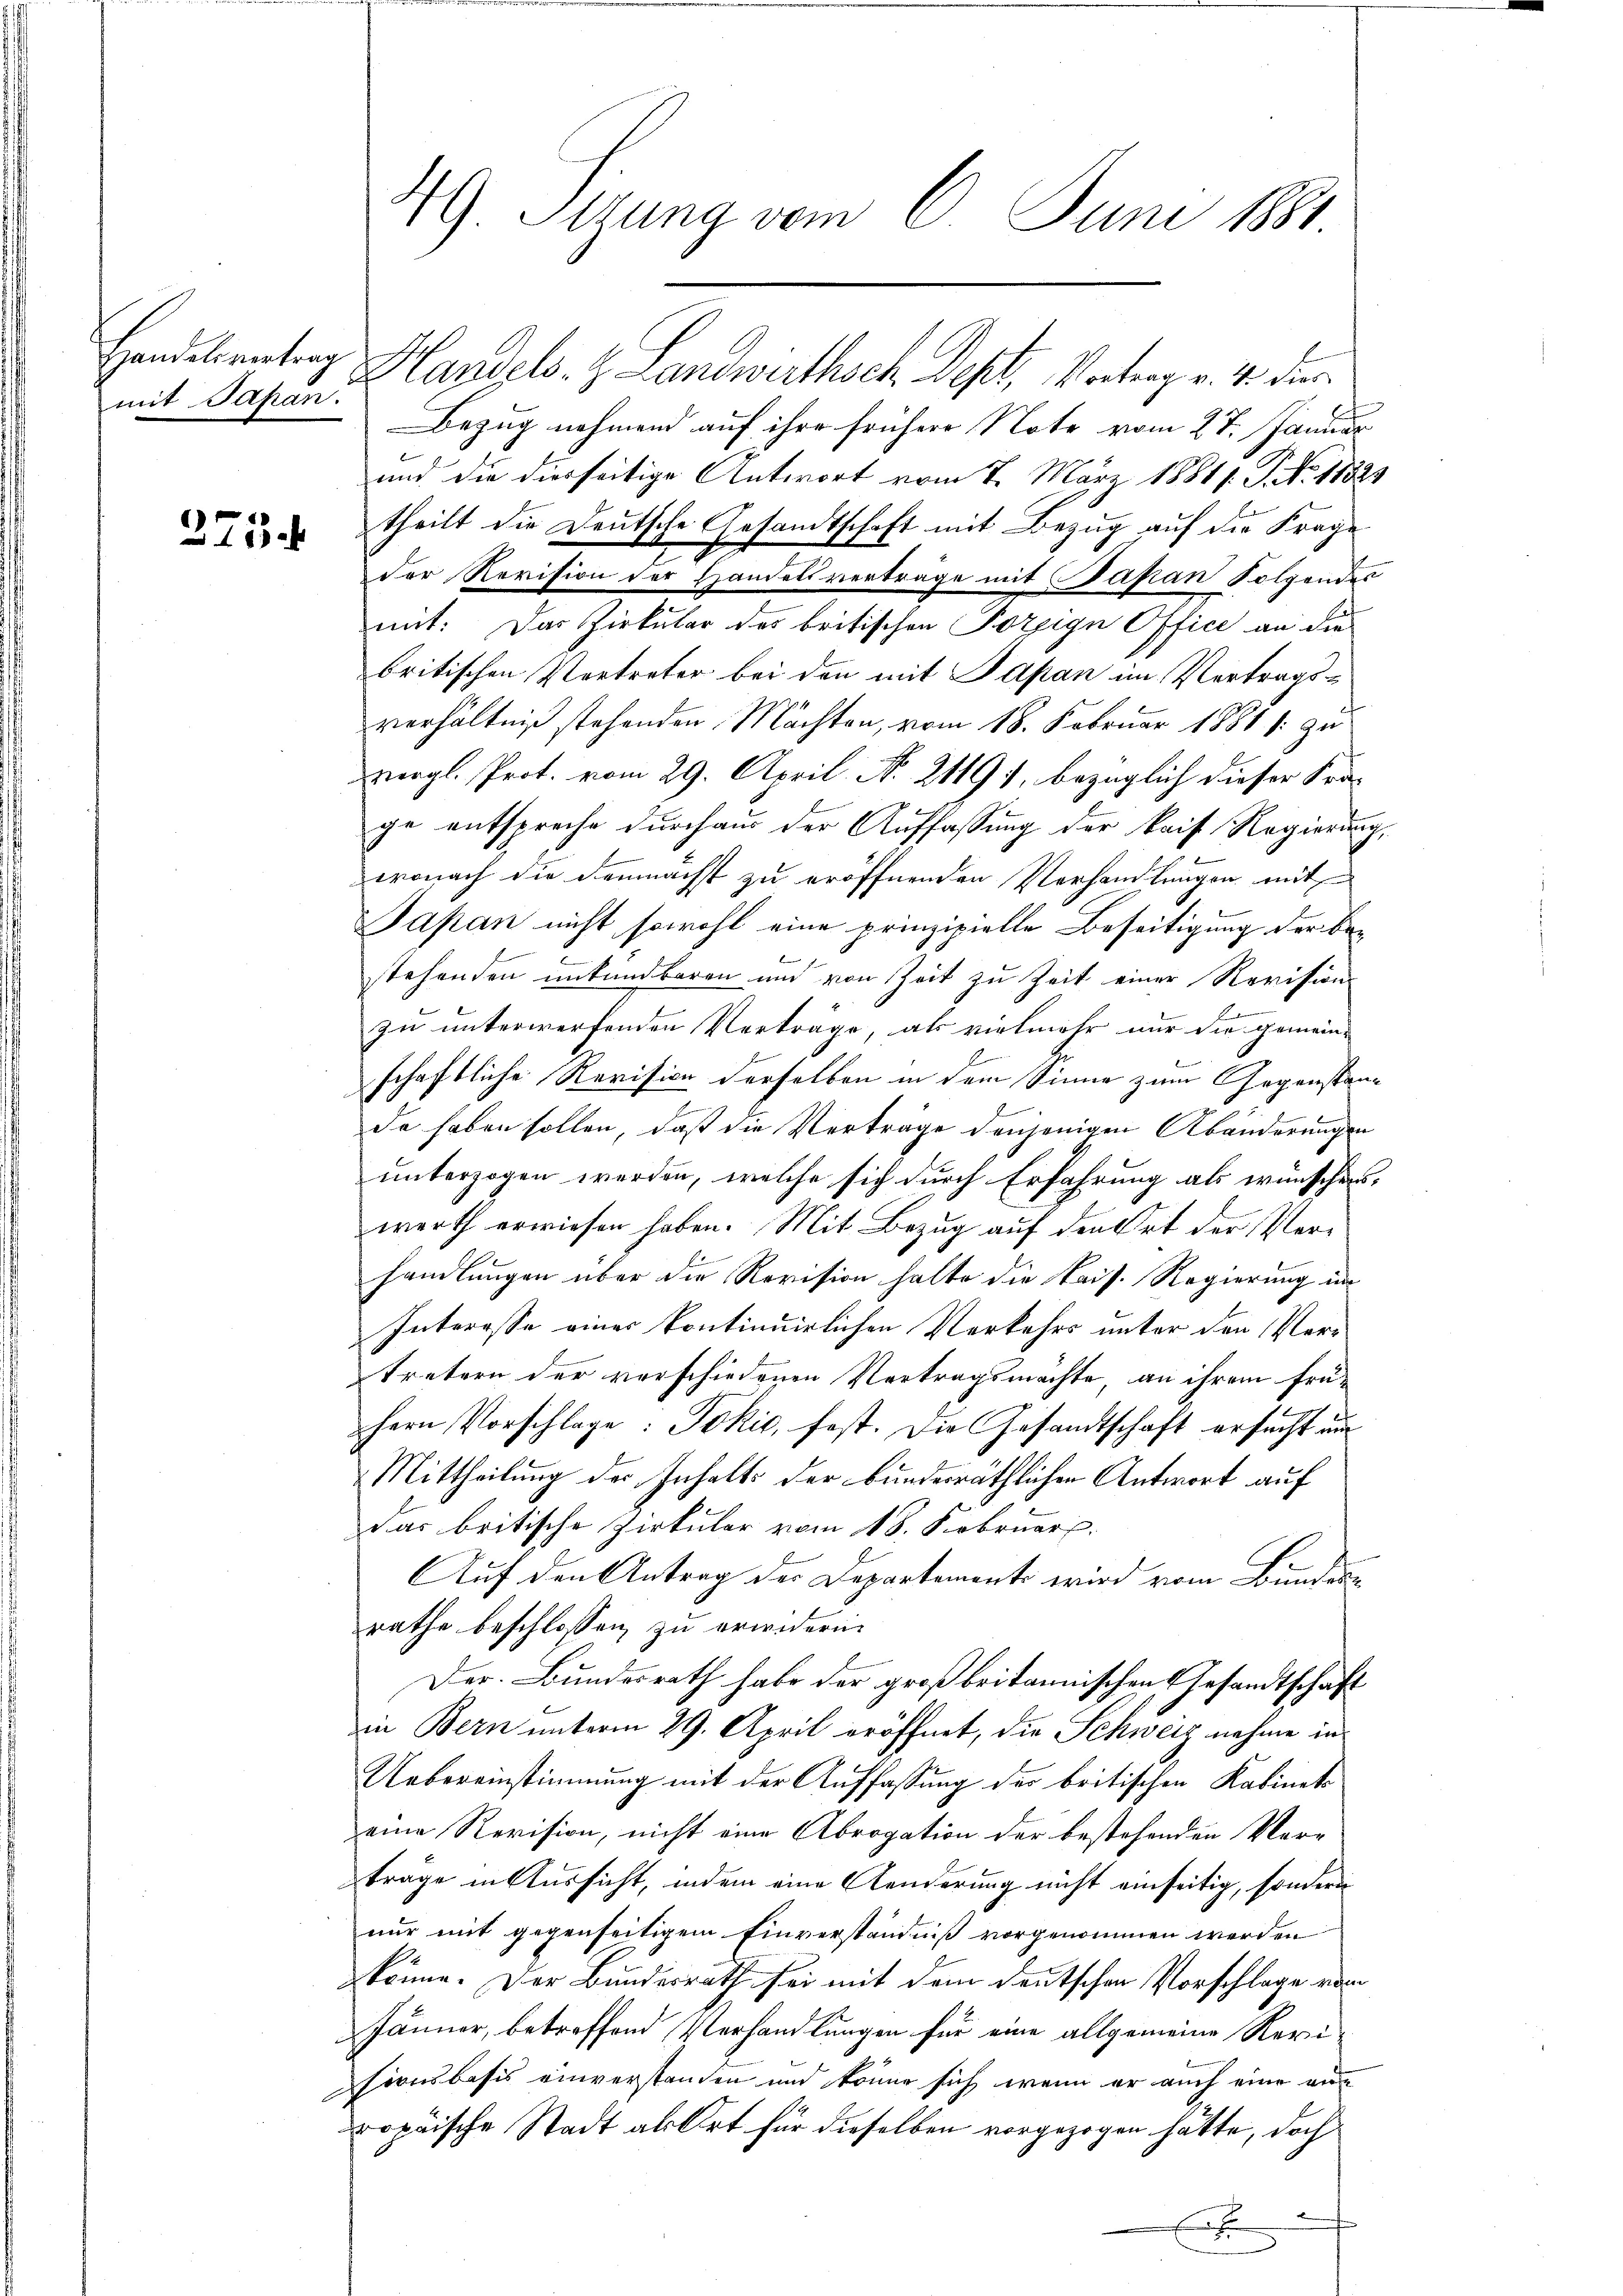
mit Japan.

373.

49. Sizung vom 6. Juni 1881

Handelentrag Handels. z. Landwirthsch Dept, Vortrag v. 4. der
Bezug nehmend auf ihre frühere Note vom 27. Januar
und die diesseitige Antwort vom 7. März 18811. P. No. 11325
theilt die Deutsche Gesandtschaft mit Bezug auf die Frage
der Revision der Handelsverträge mit Papan Folgendes
mit: Das Zirkular des britischen Porpign Office an die
britischen Vertreter bei den mit Japan im Vertragsverhältniß stehenden Mächten, vom 18. Februar 1881 s. zu
vergl. Prot. vom 29. April. N. 21191, bezüglich dieser Frage entspreche durchaus der Auffassung der Raif Regierung,
wonach die demnacht zu eröffnenden Verhandlungen mit
Japan nicht sowohl eine prinzipielle Beseitigung der Bestehenden unkündbaren und von Zeit zu Zeit einer Revisions
zu unterwerfenden Verträge, als vielmehr nur die gemein-
schaftliche Revision derselben in dem Sinne zum Gegenstände haben sollen, daß die Verträge denjenigen Abänderungen
unterzogen werden, welche sich durch Erfahrung als wünschenswerth erwiesen haben. Mit Bezug auf den Ort der Verhandlungen über die Revision halte die kais. Regierung im
Interesse einer kontinuirlichen Verkehrs unter den Vertretern der verschiedenen Vertragsmachte, an ihrem frühern Vorschlage: Jokić, fest. Die Gesandtschaft ersucht um
Mittheilung des Inhalts der bundesräthlichen Antwort auf
Das britische Zirkular vom 18. Februar.
Auf den Antrag der Departements wird vom Bundern
rathe beschlossen zu erwidern.
Der Bundesrath habe der großbritannischen Gesandtschaft
in Bern unterm 29. April eröffnet, die Schweiz nahme in
Uebereinstimmung mit der Auffassung der britischen Kabinets
eine Revision, nicht eine Abrogation der bestehenden Ver-
träge in Aussicht, indem eine Aenderung nicht einseitig, sondern
nur mit gegenseitigem Einverständniß vorgenommen werden
könne. Der Bundesrath sei mit dem deutschen Vorschlage vom
Jänner, betreffend Verhandlungen für eine allgemeine Revisionsbasis einverstanden und könne sich wenn er auch eine ane
ropäische Stadt ab Ort für dieselben vorgezogen hätte, doch
f